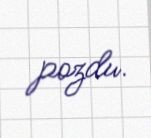
pozdu.